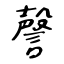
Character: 謦